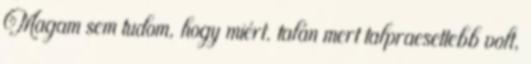
Magam sem tudom, hogy miért. talán mert talpraesettebb volt,